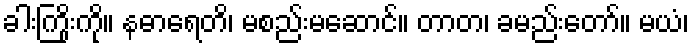
ခါးကြိုးကို။ နဓာရေတိ၊ မစည်းမဆောင်။ တာတ၊ ခမည်းတော်။ မယံ၊